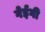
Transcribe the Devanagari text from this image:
गेईगी